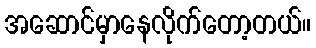
အဆောင်မှာနေလိုက်တော့တယ်။